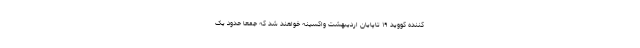
کننده کووید ۱۹ تاپایان اردیبهشت واکسینه خواهند شد که جمعا حدود یک